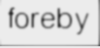
foreby